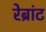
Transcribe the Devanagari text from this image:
रेब्रांट